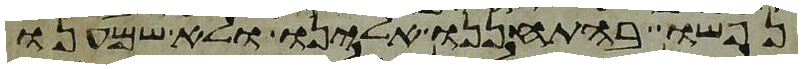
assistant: נפשו בהתחננו אלינו ולא שמענו